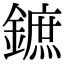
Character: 鏣